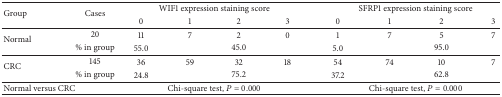
| <ROWSPAN=2> Group | <ROWSPAN=2> Cases | <COLSPAN=4> WIF1 expression staining score | <COLSPAN=4> SFRP1 expression staining score |
 | 0 | 1 | 2 | 3 | 0 | 1 | 2 | 3 |
 | --- | --- | --- | --- | --- | --- | --- | --- | --- | --- |
 | <ROWSPAN=2> Normal | 20 | 11 | 7 | 2 | 0 | 1 | 7 | 5 | 7 |
 | % in group | 55.0 | <COLSPAN=3> 45.0 | 5.0 | <COLSPAN=3> 95.0 |
 | <ROWSPAN=2> CRC | 145 | 36 | 59 | 32 | 18 | 54 | 74 | 10 | 7 |
 | % in group | 24.8 | <COLSPAN=3> 75.2 | 37.2 | <COLSPAN=3> 62.8 |
 | Normal versus CRC |  | <COLSPAN=4> Chi-square test, P = 0.000 | <COLSPAN=4> Chi-square test, P = 0.000 |